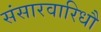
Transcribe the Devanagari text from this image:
संसारवारिधौ